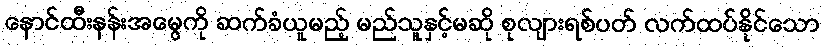
နောင်ထီးနန်းအမွေကို ဆက်ခံယူမည့် မည်သူနှင့်မဆို စုလျားရစ်ပတ် လက်ထပ်နိုင်သော